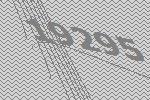
19295